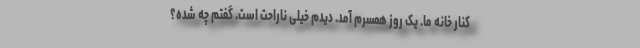
کنار خانه ما. یک روز همسرم آمد. دیدم خیلی ناراحت است. گفتم چه شده؟